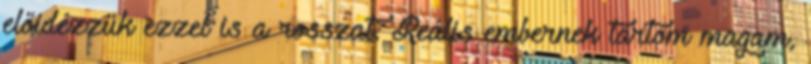
előidézzük ezzel is a rosszat. Reális embernek tartom magam,